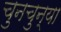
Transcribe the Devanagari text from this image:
चुनचुन्या